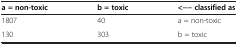
<table><thead><tr><td><b>a = non-toxic</b></td><td><b>b = toxic</b></td><td><b>&lt;−− classified as</b></td></tr></thead><tbody><tr><td>1807</td><td>40</td><td>a = non-toxic</td></tr><tr><td>130</td><td>303</td><td>b = toxic</td></tr></tbody></table>